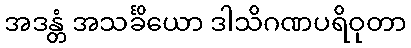
အဒန္တံ အသင်္ခိယော ဒါသိဂဏပရိဝုတာ